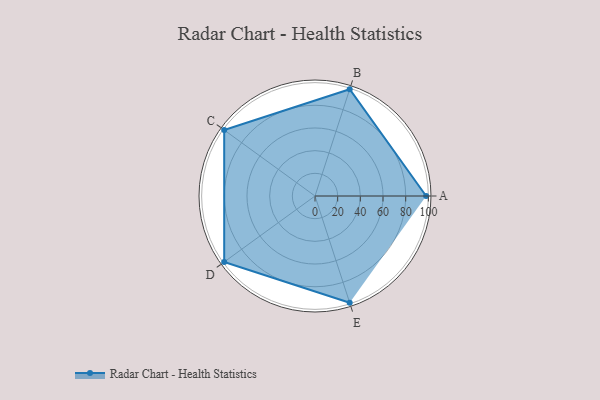
{"axis": {"x": "Skill", "y": "Score"}, "legend": ["Profile"], "data": [{"x": "A", "y": 98.0, "type": "Profile"}, {"x": "B", "y": 99, "type": "Profile"}, {"x": "C", "y": 99, "type": "Profile"}, {"x": "D", "y": 99, "type": "Profile"}, {"x": "E", "y": 99, "type": "Profile"}]}